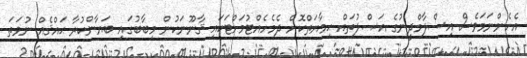
އެހެންނަމަވެސް އިސްލާމްދީނުގެ އަޞްލުތައް ޙިމާޔަތްކޮށް ދެމެހެއްޓުމަށްޓަކައި ޤާނޫނަކުން މިބާބުގައި ބަޔާންކުރާ ޙައްޤެއް ނުވަތަ